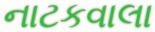
નાટકવાલા